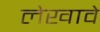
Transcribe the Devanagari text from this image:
लेखावे